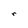
Character: r